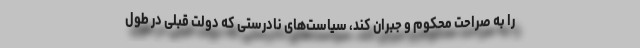
را به صراحت محکوم و جبران کند، سیاست‌های نادرستی که دولت قبلی در طول